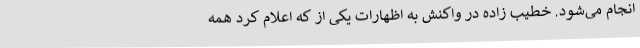
انجام می‌شود. خطیب زاده در واکنش به اظهارات یکی از که اعلام کرد همه